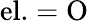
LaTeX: \mathrm{el.}=\mathrm{O}